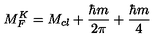
M _ { F } ^ { K } = M _ { c l } + \frac { \hbar m } { 2 \pi } + \frac { \hbar m } { 4 }